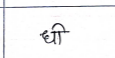
मजकूर: धी